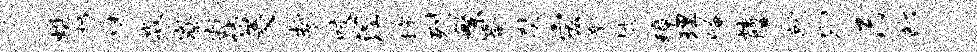
蜓枋味淼寮寂诣菱誓咬涅撑列繁答奘宏新披璋理崦炫牖就别乃部